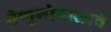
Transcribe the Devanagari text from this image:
वेणुगोपालाचे